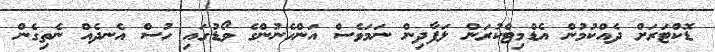
ޑޮކްޓަރަށް ދެއްކުމުން އެޑްމިޓްކުރަން ލަފާދިން ނަމަވެސް އަންހެނުންގެ ވޯޑުގައި ހުސް އެނދެއް ނެތިގެން